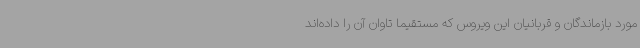
مورد بازماندگان و قربانیان این ویروس که مستقیماً تاوان آن را داده‌اند